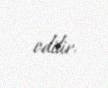
edilir.